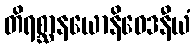
တိရစ္ဆာနယောနိဝေဒနီယံ